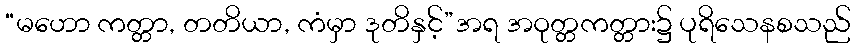
“မဟော ကတ္တာ, တတိယာ, ကံမှာ ဒုတိနှင့်”အရ အဝုတ္တကတ္တား၌ ပုရိသေနစသည်